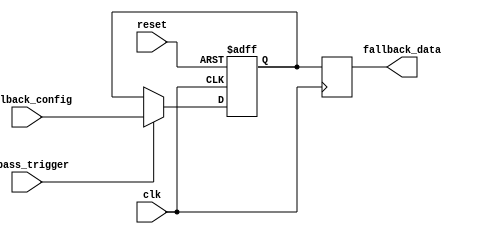
module Fallback_Bypass_reg (
    input wire clk,
    input wire reset,
    input wire bypass_trigger,
    input wire [7:0] fallback_config,
    output reg [7:0] fallback_data
);

reg [7:0] fallback_config_reg;

always @(posedge clk or posedge reset) begin
    if (reset) begin
        fallback_config_reg <= 8'b0;
    end else begin
        if (bypass_trigger) begin
            fallback_config_reg <= fallback_config;
        end
    end
end

always @(posedge clk) begin
    fallback_data <= fallback_config_reg;
end

endmodule